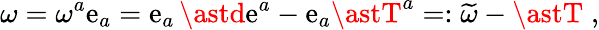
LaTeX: \omega=\omega^{a}\mathrm{e}_{a}=\mathrm{e}_{a}\, \astd\mathrm{e}^{a}-\mathrm{e}_{a}\astT^{a}=:\widetilde{{\omega}}-\astT\; ,